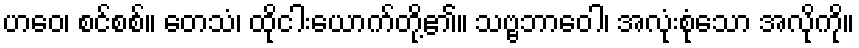
ဟဝေ၊ စင်စစ်။ တေသံ၊ ထိုငါးယောက်တို့၏။ သဗ္ဗဘာဝေါ၊ အလုံးစုံသော အလိုကို။